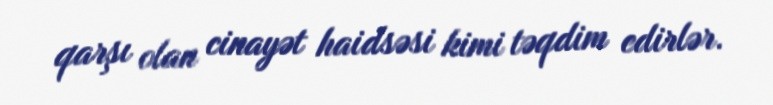
qarşı olan cinayət haidsəsi kimi təqdim edirlər.